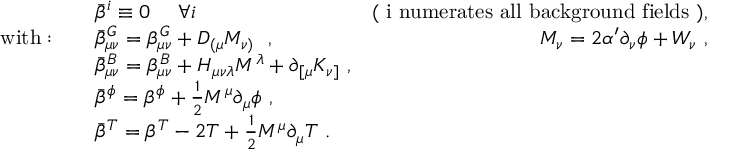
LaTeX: \begin{array} { l l r } { { } } & { { \bar { \beta } ^ { i } \equiv 0 ~ ~ ~ ~ \forall i ~ ~ } } & { { \mathrm { ( ~ i ~ n u m e r a t e s ~ a l l ~ b a c k g r o u n d ~ f i e l d s ~ ) } , } } \\ { { \mathrm { w i t h } : \quad } } & { { \bar { \beta } _ { \mu \nu } ^ { G } = \beta _ { \mu \nu } ^ { G } + D _ { ( \mu } M _ { \nu ) } ~ ~ , ~ ~ } } & { { M _ { \nu } = 2 \alpha ^ { \prime } \partial _ { \nu } \phi + W _ { \nu } ~ , } } \\ { { } } & { { \bar { \beta } _ { \mu \nu } ^ { B } = \beta _ { \mu \nu } ^ { B } + H _ { \mu \nu \lambda } M ^ { \lambda } + \partial _ { [ \mu } K _ { \nu ] } ~ , } } \\ { { } } & { { \bar { \beta } ^ { \phi } = \beta ^ { \phi } + \frac { 1 } { 2 } M ^ { \mu } \partial _ { \mu } \phi ~ , } } & { { } } \\ { { } } & { { \bar { \beta } ^ { T } = \beta ^ { T } - 2 T + \frac { 1 } { 2 } M ^ { \mu } \partial _ { \mu } T ~ . } } & { { } } \end{array}